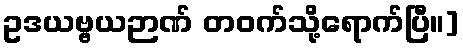
ဥဒယဗ္ဗယဉာဏ် တဝက်သို့ရောက်ပြီ။]